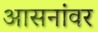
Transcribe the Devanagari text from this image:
आसनांवर